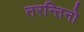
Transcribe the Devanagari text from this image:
तरन्तिनो